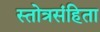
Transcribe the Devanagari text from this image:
स्तोत्रसंहिता